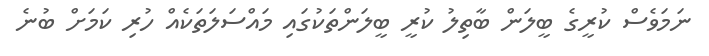
ނަމަވެސް ކުރީގެ ބީލަން ބާތިލު ކުރީ ބީލަންތަކުގައި މައްސަލަތަކެއް ހުރި ކަމަށް ބުނެ